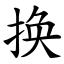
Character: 换